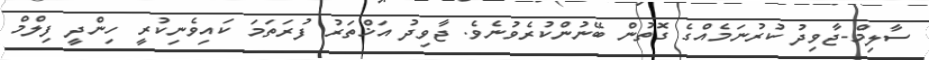
ސާލިމް-ޖާވިދު ކުރުނަމެއްގެ ގޮތުން ބޭނުންކުރެވުނެވެ. ޖާވިދު އަޚްތަރު ފުރަތަމަ ކައިވެނިކުރީ ހިންދީ ފިލްމް